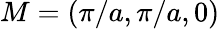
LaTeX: M=(\pi/a,\pi/a,0)